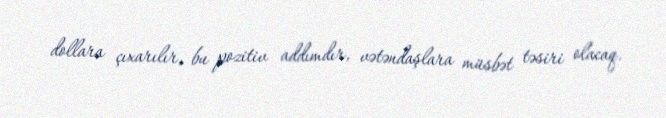
dollara çıxarılır, bu pozitiv addımdır, vətəndaşlara müsbət təsiri olacaq.